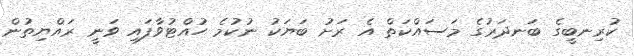
ކުރިނބީގެ ބަނދަރުގެ މަސައްކަތް އެ ރަށު ބަޔަކު ނުކުމެ ހުއްޓުވާފައި ވަނީ ރައްޔިތުން